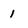
Character: 1